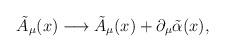
LaTeX: \begin{align*}\tilde{A}_\mu(x) \longrightarrow \tilde{A}_\mu(x) + \partial_\mu \tilde{\alpha}(x),\end{align*}